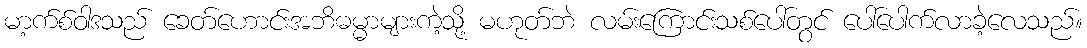
မာ့က်စ်ဝါဒသည် ခေတ်ဟောင်းအဘိဓမ္မာများကဲ့သို့ မဟုတ်ဘဲ လမ်းကြောင်းသစ်ပေါ်တွင် ပေါ်ပေါက်လာခဲ့လေသည်။